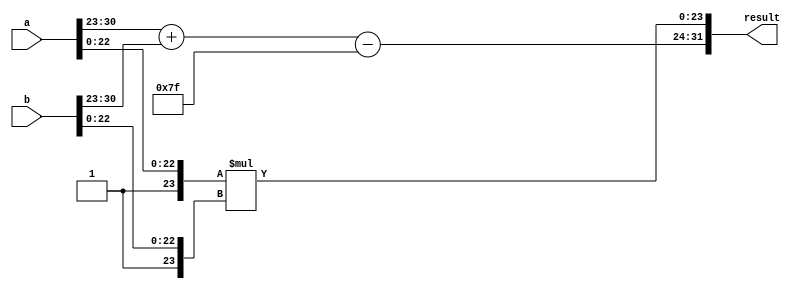
module FloatingPointWallaceTreeMultiplier #(
    parameter E = 8, // Number of exponent bits
    parameter M = 23, // Number of significand bits
    parameter BIAS = (1 << (E - 1)) - 1 // Bias for exponent
)(
    input wire [E + M + 1 - 1:0] a, // Input floating-point number a
    input wire [E + M + 1 - 1:0] b, // Input floating-point number b
    output reg [E + M + 1 - 1:0] result // Output floating-point product
);

    // Extract sign, exponent, and significand
    wire sign_a = a[E + M]; // Sign bit of a
    wire sign_b = b[E + M]; // Sign bit of b
    wire [E - 1:0] exp_a = a[E + M - 1:E + M - E]; // Exponent of a
    wire [E - 1:0] exp_b = b[E + M - 1:E + M - E]; // Exponent of b
    wire [M:0] sig_a = {1'b1, a[M - 1:0]}; // Significand of a (with implicit leading 1)
    wire [M:0] sig_b = {1'b1, b[M - 1:0]}; // Significand of b (with implicit leading 1)

    // Partial product generation
    wire [2*M:0] pp [0:M]; // Partial products
    genvar i, j;
    generate
        for (i = 0; i < M; i = i + 1) begin : pp_gen
            for (j = 0; j < M; j = j + 1) begin : pp_inner
                assign pp[i][j + i] = sig_a[i] & sig_b[j]; // Generate partial products
            end
        end
    endgenerate

    // Wallace tree reduction
    wire [2*M:0] sum [0:M]; // Sums for Wallace tree
    wire [M:0] carry [0:M]; // Carry bits
    // Full adder and half adder logic would go here to reduce the partial products
    // This is a simplified example, and a full implementation would require more logic

    // Exponent calculation
    wire [E:0] exp_result = exp_a + exp_b - BIAS; // Result exponent

    // Sign calculation
    wire result_sign = sign_a ^ sign_b; // Result sign

    // Combine results
    always @(*) begin
        // Handle normalization and rounding here
        // This is a placeholder for the final result assignment
        result = {result_sign, exp_result[E-1:0], sig_a * sig_b[M:0]}; // Placeholder
    end

endmodule